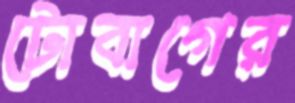
টোবাগের